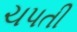
ચપતી